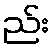
ည်း